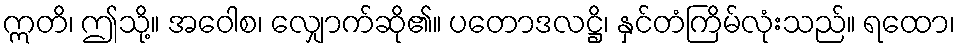
ဣတိ၊ ဤသို့။ အဝေါစ၊ လျှောက်ဆို၏။ ပတောဒလဋ္ဌိ၊ နှင်တံကြိမ်လုံးသည်။ ရထော၊